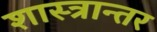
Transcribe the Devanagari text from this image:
शास्त्रान्तर